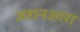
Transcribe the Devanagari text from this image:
जहानआरा